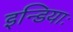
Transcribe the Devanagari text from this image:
इन्डियाः